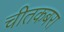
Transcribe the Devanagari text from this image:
चीतकबरा